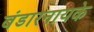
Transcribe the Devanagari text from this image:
बंडारनायके